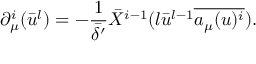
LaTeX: \partial _ { \mu } ^ { i } ( \bar { u } ^ { l } ) = - \frac { 1 } { \bar { \delta ^ { \prime } } } \bar { X } ^ { i - 1 } ( l \bar { u } ^ { l - 1 } \overline { { { a _ { \mu } ( u ) ^ { i } } } } ) .